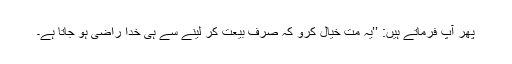
پھر آپ فرماتے ہیں: ’’یہ مت خیال کرو کہ صرف بیعت کر لینے سے ہی خدا راضی ہو جاتا ہے۔